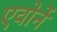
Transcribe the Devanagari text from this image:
एवोर्ने